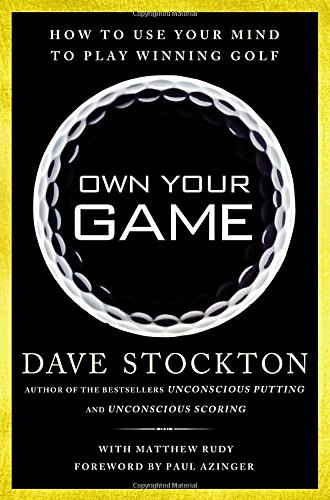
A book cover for Own Your Game: How to Use Your Mind to Play Winning Golf; Dave Stockton; Sports & Outdoors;